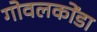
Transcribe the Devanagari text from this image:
गोवलकोंडा